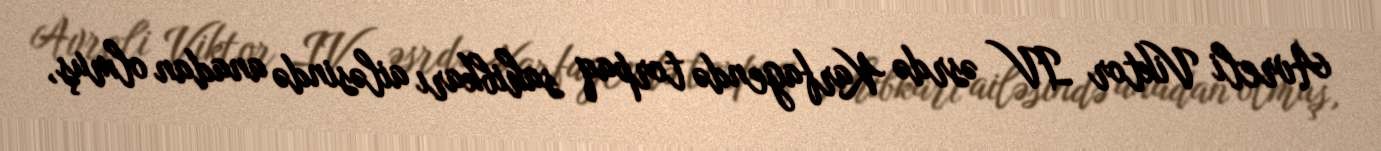
Avreli Viktor IV əsrdə Karfagendə torpaq sahibkarı ailəsində anadan olmuş,